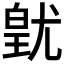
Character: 𭽚